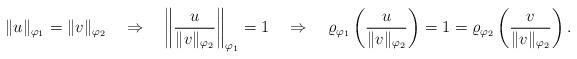
LaTeX: \begin{align*}\|u\|_{\varphi_1}=\|v\|_{\varphi_2}\quad\Rightarrow\quad\left\|\frac{u}{\|v\|_{\varphi_2}}\right\|_{\varphi_1}=1\quad\Rightarrow\quad\varrho_{\varphi_1}\left(\frac{u}{\|v\|_{\varphi_2}}\right)=1=\varrho_{\varphi_2}\left(\frac{v}{\|v\|_{\varphi_2}}\right).\end{align*}